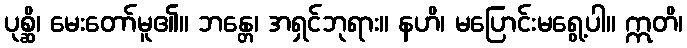
ပုစ္ဆိ၊ မေးတော်မူ၏။ ဘန္တေ၊ အရှင်ဘုရား။ နဟိ၊ မပြောင်းမရွေ့ပါ။ ဣတိ၊